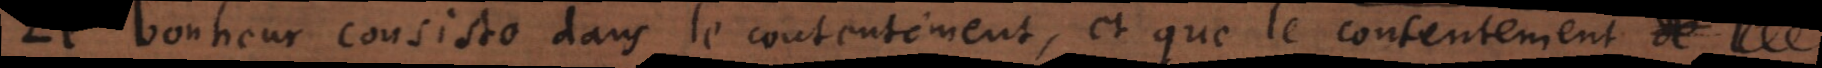
bonheur consiste dans le contentement, et que le contentement depend